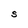
Character: S